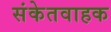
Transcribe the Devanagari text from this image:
संकेतवाहक